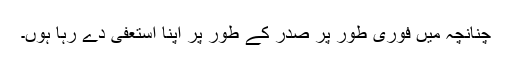
چنانچہ میں فوری طور پر صدر کے طور پر اپنا استعفی دے رہا ہوں۔